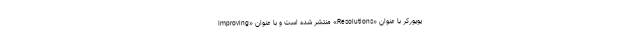
یویورکر با عنوان «Resolutions» منتشر شده است و با عنوان «Improving